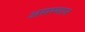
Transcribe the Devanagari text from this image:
असम्मान